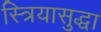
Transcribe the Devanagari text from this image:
स्त्रियासुद्धा